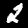
Label: 2